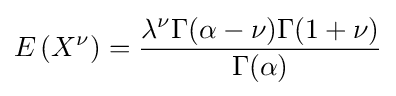
E\left(X^{\nu }\right)={\frac {\lambda ^{\nu }\Gamma (\alpha -\nu )\Gamma (1+\nu )}{\Gamma (\alpha )}}